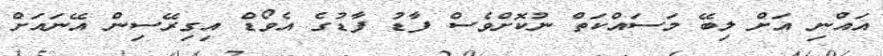
އައްނި އަށް ލިބޭ މަސައްކަތް ނުކޮށްވެސް ފާޑު ފާޑުގެ އެވޯޑް އިގިރޭސިން އޭނައަށް